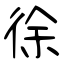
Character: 徐